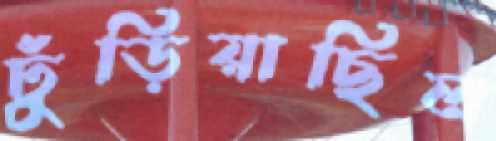
ঢুঁড়িয়াছিল